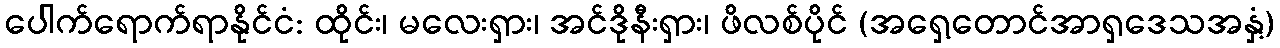
ပေါက်ရောက်ရာနိုင်ငံ: ထိုင်း၊ မလေးရှား၊ အင်ဒိုနီးရှား၊ ဖိလစ်ပိုင် (အရှေ့တောင်အာရှဒေသအနှံ့)